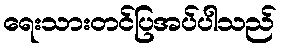
ရေးသားတင်ပြအပ်ပါသည်